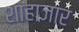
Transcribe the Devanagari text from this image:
शाहाजार